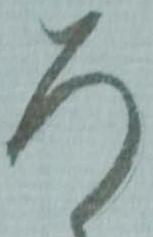
ろ